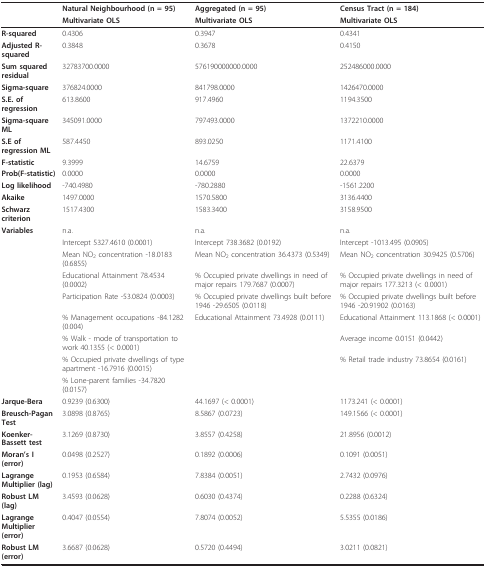
<table><thead><tr><td></td><td><b>Natural Neighbourhood (n = 95)</b></td><td><b>Aggregated (n = 95)</b></td><td><b>Census Tract (n = 184)</b></td></tr><tr><td></td><td><b>Multivariate OLS</b></td><td><b>Multivariate OLS</b></td><td><b>Multivariate OLS</b></td></tr></thead><tbody><tr><td><b>R-squared</b></td><td>0.4306</td><td>0.3947</td><td>0.4341</td></tr><tr><td><b>Adjusted R-squared</b></td><td>0.3848</td><td>0.3678</td><td>0.4150</td></tr><tr><td><b>Sum squared residual</b></td><td>32783700.0000</td><td>576190000000.0000</td><td>252486000.0000</td></tr><tr><td><b>Sigma-square</b></td><td>376824.0000</td><td>841798.0000</td><td>1426470.0000</td></tr><tr><td><b>S.E. of regression</b></td><td>613.8600</td><td>917.4960</td><td>1194.3500</td></tr><tr><td><b>Sigma-square ML</b></td><td>345091.0000</td><td>797493.0000</td><td>1372210.0000</td></tr><tr><td><b>S.E of regression ML</b></td><td>587.4450</td><td>893.0250</td><td>1171.4100</td></tr><tr><td><b>F-statistic</b></td><td>9.3999</td><td>14.6759</td><td>22.6379</td></tr><tr><td><b>Prob(F-statistic)</b></td><td>0.0000</td><td>0.0000</td><td>0.0000</td></tr><tr><td><b>Log likelihood</b></td><td>-740.4980</td><td>-780.2880</td><td>-1561.2200</td></tr><tr><td><b>Akaike</b></td><td>1497.0000</td><td>1570.5800</td><td>3136.4400</td></tr><tr><td><b>Schwarz criterion</b></td><td>1517.4300</td><td>1583.3400</td><td>3158.9500</td></tr><tr><td><b>Variables</b></td><td>n.a.</td><td>n.a.</td><td>n.a.</td></tr><tr><td></td><td>Intercept 5327.4610 (0.0001)</td><td>Intercept 738.3682 (0.0192)</td><td>Intercept -1013.495 (0.0905)</td></tr><tr><td></td><td>Mean NO<sub>2 </sub>concentration -18.0183 (0.6855)</td><td>Mean NO<sub>2 </sub>concentration 36.4373 (0.5349)</td><td>Mean NO<sub>2 </sub>concentration 30.9425 (0.5706)</td></tr><tr><td></td><td>Educational Attainment 78.4534 (0.0002)</td><td>% Occupied private dwellings in need of major repairs 179.7687 (0.0007)</td><td>% Occupied private dwellings in need of major repairs 177.3213 (&lt; 0.0001)</td></tr><tr><td></td><td>Participation Rate -53.0824 (0.0003)</td><td>% Occupied private dwellings built before 1946 -29.6505 (0.0118)</td><td>% Occupied private dwellings built before 1946 -20.91902 (0.0163)</td></tr><tr><td></td><td>% Management occupations -84.1282 (0.004)</td><td>Educational Attainment 73.4928 (0.0111)</td><td>Educational Attainment 113.1868 (&lt; 0.0001)</td></tr><tr><td></td><td>% Walk - mode of transportation to work 40.1355 (&lt; 0.0001)</td><td></td><td>Average income 0.0151 (0.0442)</td></tr><tr><td></td><td>% Occupied private dwellings of type apartment -16.7916 (0.0015)</td><td></td><td>% Retail trade industry 73.8654 (0.0161)</td></tr><tr><td></td><td>% Lone-parent families -34.7820 (0.0157)</td><td></td><td></td></tr><tr><td><b>Jarque-Bera</b></td><td>0.9239 (0.6300)</td><td>44.1697 (&lt; 0.0001)</td><td>1173.241 (&lt; 0.0001)</td></tr><tr><td><b>Breusch-Pagan Test</b></td><td>3.0898 (0.8765)</td><td>8.5867 (0.0723)</td><td>149.1566 (&lt; 0.0001)</td></tr><tr><td><b>Koenker-Bassett test</b></td><td>3.1269 (0.8730)</td><td>3.8557 (0.4258)</td><td>21.8956 (0.0012)</td></tr><tr><td><b>Moran&#x27;s I (error)</b></td><td>0.0498 (0.2527)</td><td>0.1892 (0.0006)</td><td>0.1091 (0.0051)</td></tr><tr><td><b>Lagrange Multiplier (lag)</b></td><td>0.1953 (0.6584)</td><td>7.8384 (0.0051)</td><td>2.7432 (0.0976)</td></tr><tr><td><b>Robust LM (lag)</b></td><td>3.4593 (0.0628)</td><td>0.6030 (0.4374)</td><td>0.2288 (0.6324)</td></tr><tr><td><b>Lagrange Multiplier (error)</b></td><td>0.4047 (0.0554)</td><td>7.8074 (0.0052)</td><td>5.5355 (0.0186)</td></tr><tr><td><b>Robust LM (error)</b></td><td>3.6687 (0.0628)</td><td>0.5720 (0.4494)</td><td>3.0211 (0.0821)</td></tr></tbody></table>